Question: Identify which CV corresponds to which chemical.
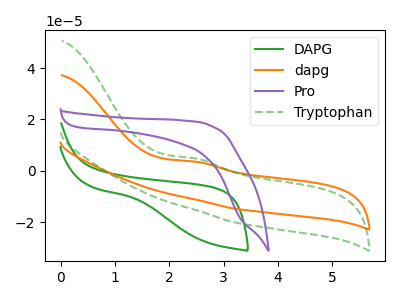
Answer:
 <answer>The green curve is labeled "DAPG". The orange curve is labeled "dapg". The purple curve is labeled "Pro". The green dashed curve is labeled "Tryptophan".</answer>
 <eval></eval>